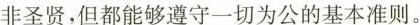
非圣贤，但都能够遵守一切为公的基本准则。